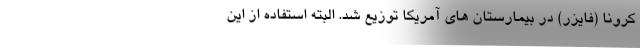
کرونا (فایزر) در بیمارستان های آمریکا توزیع شد. البته استفاده از این